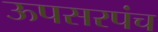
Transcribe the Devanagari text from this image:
ऊपसरपंच